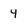
Character: 4